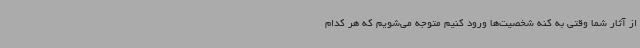
از آثار شما وقتی به کنه شخصیت‌ها ورود کنیم متوجه می‌شویم که هر کدام